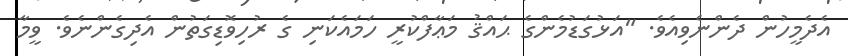
އެދެމީހުން ދެންނެވިއެވެ. "އަޅުގަޑުމެންގެ ޙައްޤު މަޢާފްކުރީ ހަމައެކަނި ގެ ރުހިވޮޑިގަތުން އެދިގެންނެވެ. ވީމާ